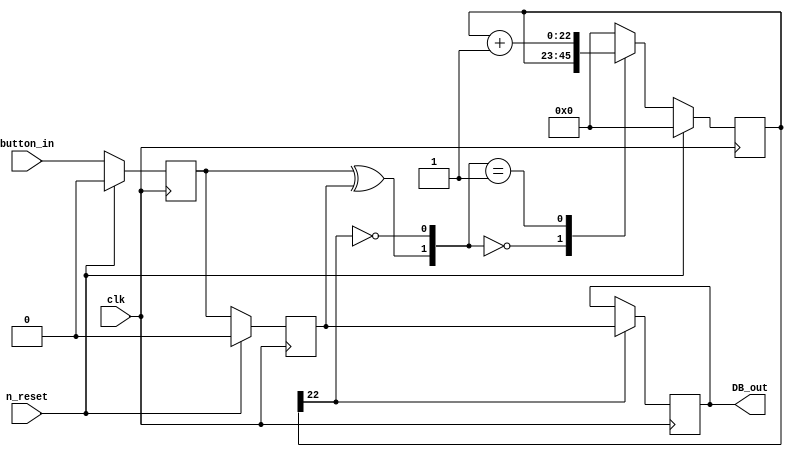
module DeBouncer(input 		 clk, n_reset, button_in,				
					  output reg DB_out);
					  
	parameter N = 23 ;
	
   // Internal Variables 
	reg  [N-1 : 0]	q_reg;							// timing regs
	reg  [N-1 : 0]	q_next;
	reg DFF1, DFF2;									// input flip-flops
	wire q_add;											// control flags
	wire q_reset;

   //contenious assignment for counter control
	assign q_reset = (DFF1  ^ DFF2);		// xor input flip flops to look for level chage to reset counter
	assign  q_add = ~(q_reg[N-1]);			// add to counter when q_reg msb is equal to 0
	
   // combo counter to manage q_next	
	always @ ( q_reset, q_add, q_reg)
		case( {q_reset , q_add})
			2'b00:   q_next <= q_reg;
			2'b01:   q_next <= q_reg + 1;
			default: q_next <= { N {1'b0} };
		endcase 	
	
   // Flip flop inputs and q_reg update
	always@(posedge clk)
		if(n_reset ==  1'b1)
		begin
			DFF1 <= 1'b0;
			DFF2 <= 1'b0;
			q_reg <= { N {1'b0} };
		end
		else
		begin
			DFF1 <= button_in;
			DFF2 <= DFF1;
			q_reg <= q_next;
		end
	
   // counter control
	always@(posedge clk)
		if(q_reg[N-1] == 1'b1)
			DB_out <= DFF2;
		else
			DB_out <= DB_out;
			
endmodule